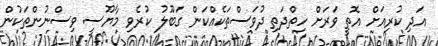
އަދި ކުރިއަށް އޮތީ ވަރަށް ހިތްދަތި ދުވަސްތަކެއްކަން ގަބޫލު ކުރެވި މާޔޫސީ ވިސްނުންތަކުން